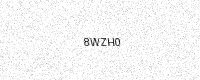
Text: 8WZH0